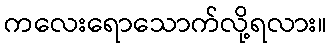
ကလေးရောသောက်လို့ရလား။